Leprosy in India: report of the Leprosy Commission in India, 1890-91
Year: 1890
Disease focus: Leprosy
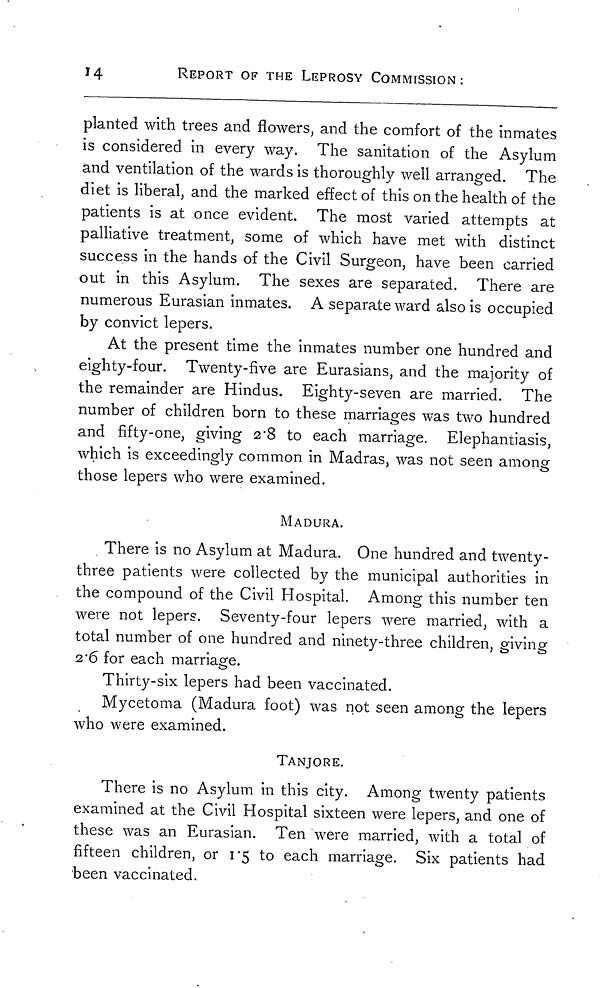
14
REPORT OF THE LEPROSY COMMISSION :
planted with trees and flowers, and the comfort of the inmates
is considered in every way. The sanitation of the Asylum
and ventilation of the wards is thoroughly well arranged. The
diet is liberal, and the marked effect of this on the health of the
patients is at once evident. The most varied attempts at
palliative treatment, some of which have met with distinct
success in the hands of the Civil Surgeon, have been carried
out in this Asylum. The sexes are separated. There are
numerous Eurasian inmates. A separate ward also is occupied
by convict lepers.
At the present time the inmates number one hundred and
eighty-four. Twenty-five are Eurasians, and the majority of
the remainder are Hindus. Eighty-seven are married. The
number of children born to these marriages was two hundred
and fifty-one, giving 2.8 to each marriage. Elephantiasis,
which is exceedingly common in Madras, was not seen among
those lepers who were examined.
MADURA.
There is no Asylum at Madura. One hundred and twenty-
three patients were collected by the municipal authorities in
the compound of the Civil Hospital. Among this number ten
were not lepers. Seventy-four lepers were married, with a
total number of one hundred and ninety-three children, giving
2 .6 for each marriage.
Thirty-six lepers had been vaccinated.
Mycetoma (Madura foot) was not seen among the lepers
who were examined.
TANJORE.
There is no Asylum in this city. Among twenty patients
examined at the Civil Hospital sixteen were lepers, and one of
these was an Eurasian. Ten were married, with a total of
fifteen children, or 1.5 to each marriage. Six patients had
been vaccinated.